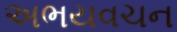
અભયવચન